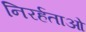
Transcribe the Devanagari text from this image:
निरर्हताओं